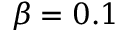
\beta = 0 . 1